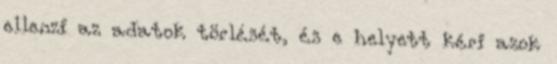
ellenzi az adatok törlését, és e helyett kéri azok